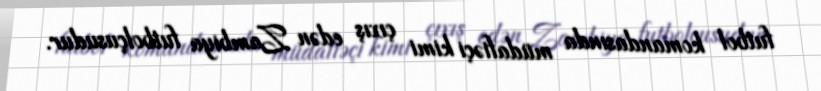
futbol komandasında müdafiəçi kimi çıxış edən Zambiya futbolçusudur.